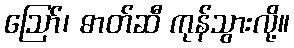
ဪ၊ ဓာတ်ဆီ ကုန်သွားလို့။